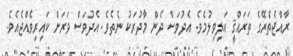
ރާއްޖެތެރޭގެ ތަރައްޤީ އަލިވިލުމެވެ. އެދުވަސް ދެން މާދުރަކު ނެތެވެ. އެދުވަސް ވަރަށް ކައިރިވެއްޖެއެވެ.